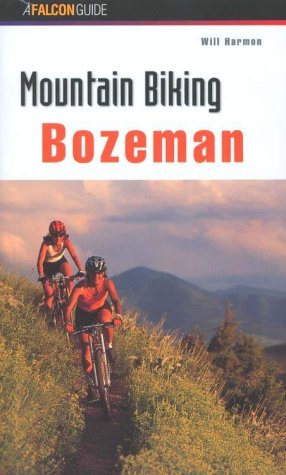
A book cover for Mountain Biking Bozeman (Regional Mountain Biking Series); Will Harmon; Travel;